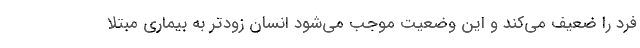
فرد را ضعیف می‌کند و این وضعیت موجب می‌شود انسان زودتر به بیماری مبتلا